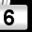
Digit: 6